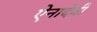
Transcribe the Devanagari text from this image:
ऐनादेवी